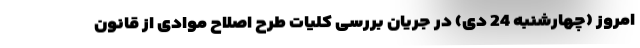
امروز (چهارشنبه 24 دی) در جریان بررسی کلیات طرح اصلاح موادی از قانون